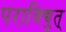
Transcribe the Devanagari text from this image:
पराविद्युत्